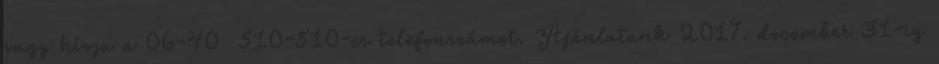
vagy hívja a 06-40 510-510-es telefonszámot. Ajánlatunk 2017. december 31-ig